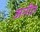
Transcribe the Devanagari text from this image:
अनीत